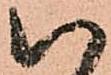
い